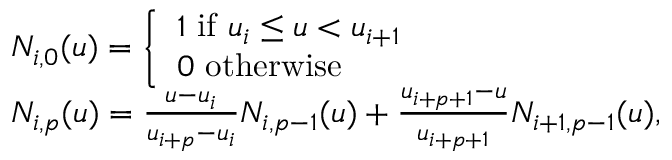
\begin{array} { r l } & { N _ { i , 0 } ( u ) = \left\{ \begin{array} { l l } { 1 \mathrm { ~ i f ~ } u _ { i } \le u < u _ { i + 1 } } \\ { 0 \mathrm { ~ o t h e r w i s e } } \end{array} \right. } \\ & { N _ { i , p } ( u ) = \frac { u - u _ { i } } { u _ { i + p } - u _ { i } } N _ { i , p - 1 } ( u ) + \frac { u _ { i + p + 1 } - u } { u _ { i + p + 1 } } N _ { i + 1 , p - 1 } ( u ) , } \end{array}